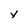
Character: v